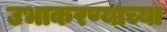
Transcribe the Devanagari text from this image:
उभाकरण्याच्या